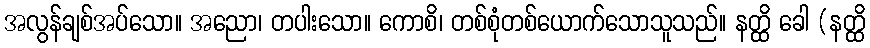
အလွန်ချစ်အပ်သော။ အညော၊ တပါးသော။ ကောစိ၊ တစ်စုံတစ်ယောက်သောသူသည်။ နတ္ထိ ခေါ (နတ္ထိ